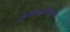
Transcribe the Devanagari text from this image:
आबासाहेबांच्या